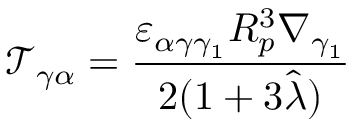
\mathcal { T } _ { \gamma \alpha } = \frac { \varepsilon _ { \alpha \gamma \gamma _ { 1 } } R _ { p } ^ { 3 } \nabla _ { \gamma _ { 1 } } } { 2 ( 1 + 3 \hat { \lambda } ) }